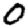
Digit: 0